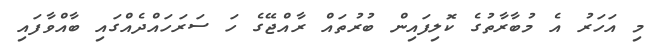
މި އަހަރު އެ މުބާރާތުގެ ކޮލިފައިން ބުރުތައް ރާއްޖޭގެ ހަ ސަރަހައްދެއްގައި ބާއްވާފައި